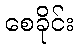
စေခိုင်း